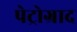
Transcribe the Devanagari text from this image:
पेट्रोग्राद